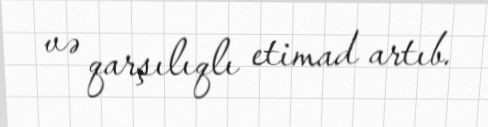
və qarşılıqlı etimad artıb.